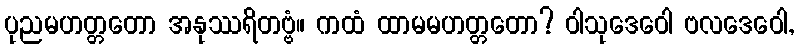
ပုညမဟတ္တတော အနုဿရိတဗ္ဗံ။ ကထံ ထာမမဟတ္တတော? ဝါသုဒေဝေါ ဗလဒေဝေါ,